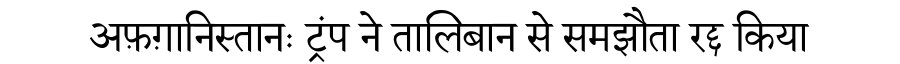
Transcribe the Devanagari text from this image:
अफ़ग़ानिस्तानः ट्रंप ने तालिबान से समझौता रद्द किया